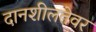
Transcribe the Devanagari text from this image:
दानशीलतेवर